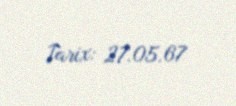
Tarix: 27.05.67